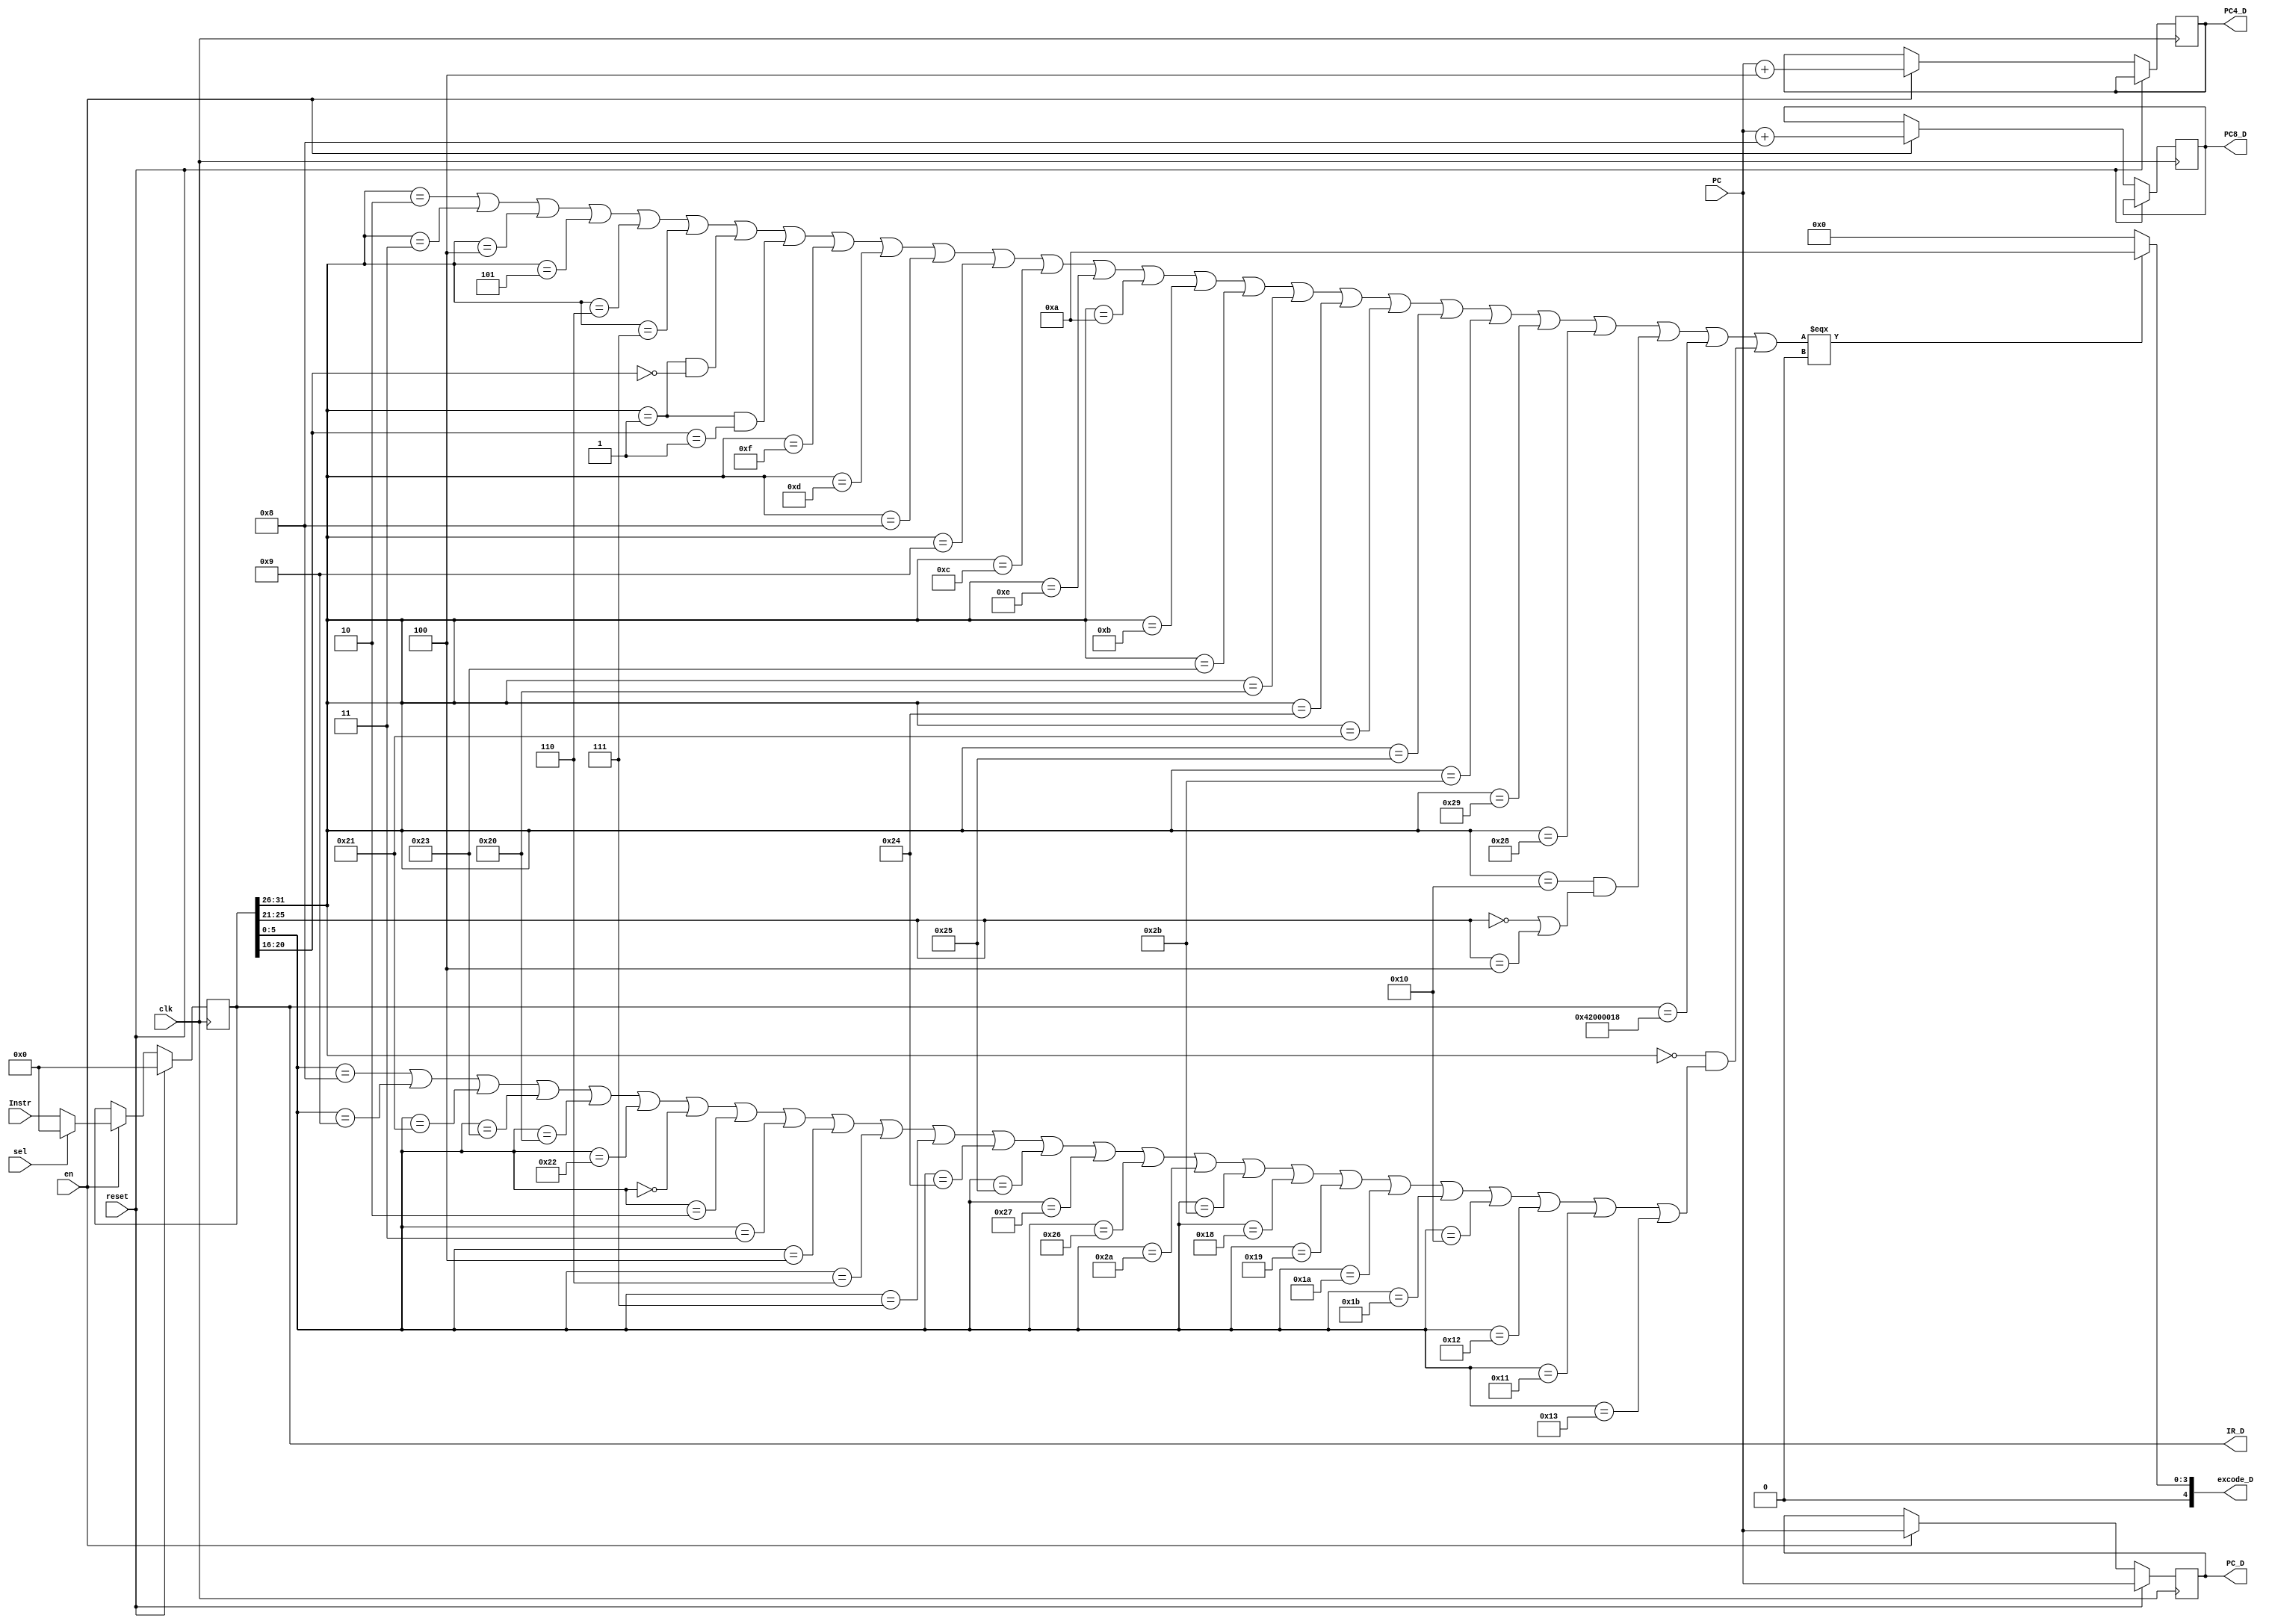
`timescale 1ns / 1ps
//////////////////////////////////////////////////////////////////////////////////
// Company: 
// Engineer: 
// 
// Design Name: 
// Module Name:    ID 
// Project Name: 
// Target Devices: 
// Tool versions: 
// Description: 
//
// Dependencies: 
//
// Revision: 
// Revision 0.01 - File Created
// Additional Comments: 
//
//////////////////////////////////////////////////////////////////////////////////
module ID(
	 input clk,
	 input reset,
	 input en,
	 input sel,
    input [31:0] Instr,
	 input [31:0] PC,
	 output reg[31:0] IR_D,
	 output reg[31:0] PC_D,
    output reg[31:0] PC4_D,
    output reg[31:0] PC8_D,
	 output [4:0] excode_D
    );
	 
	`define op 31:26
	`define rs 25:21
	`define rt 20:16
	`define func 5:0
	
	`define R 6'b000000
	`define j 6'b000010
	`define lw 6'b100011
	`define lb 6'b100000
	`define lbu 6'b100100
	`define lh 6'b100001
	`define lhu 6'b100101
	`define sw 6'b101011
	`define sb 6'b101000
	`define sh 6'b101001
	`define lui 6'b001111
	`define ori 6'b001101
	`define andi 6'b001100
	`define xori 6'b001110
	`define addi 6'b001000
	`define addiu 6'b001001
	`define slti 6'b001010
	`define sltiu 6'b001011
	`define beq 6'b000100
	`define bne 6'b000101
	`define bgtz 6'b000111
	`define blez 6'b000110
	`define jal 6'b000011
	`define addu 6'b100001
	`define add 6'b100000 
	`define subu 6'b100011
	`define sub 6'b100010
	`define and_ 6'b100100
	`define or_ 6'b100101
	`define xor_ 6'b100110
	`define nor_ 6'b100111
	`define sll 6'b000000
	`define srl 6'b000010
	`define sra 6'b000011
	`define sllv 6'b000100
	`define srlv 6'b000110
	`define srav 6'b000111
	`define jr 6'b001000
	`define jalr 6'b001001
	`define mult 6'b011000
	`define multu 6'b011001
	`define div 6'b011010
	`define divu 6'b011011 
	`define mfhi 6'b010000
	`define mflo 6'b010010
	`define mthi 6'b010001
	`define mtlo 6'b010011
	`define slt	6'b101010
	`define sltu 6'b101011
	
	initial begin
		IR_D <= 0;
	end
	
	wire RI;// op func
	assign RI = (IR_D[`op]==`j)||(IR_D[`op]==`jal)
	||(IR_D[`op]==`beq)||(IR_D[`op]==`bne)||(IR_D[`op]==`blez)||(IR_D[`op]==`bgtz)||(IR_D[`op]==6'b000001&&IR_D[`rt]==5'b00000)||(IR_D[`op]==6'b000001&&IR_D[`rt]==5'b00001)	
	||IR_D[`op]==`lui||IR_D[`op]==`ori||IR_D[`op]==`addi||IR_D[`op]==`addiu||IR_D[`op]==`andi||IR_D[`op]==`xori||IR_D[`op]==`slti||IR_D[`op]==`sltiu
	||IR_D[`op]==`lw||IR_D[`op]==`lb||IR_D[`op]==`lbu||IR_D[`op]==`lh||IR_D[`op]==`lhu
	||IR_D[`op]==`sw||IR_D[`op]==`sh||IR_D[`op]==`sb
	||(IR_D[`op]==6'b010000&&(IR_D[`rs]==5'b00000||IR_D[`rs]==5'b00100))
	||(IR_D==32'h42000018)
	||(IR_D[`op]==`R&&(IR_D[`func]==`jr||IR_D[`func]==`jalr||IR_D[`func]==`addu||IR_D[`func]==`subu||IR_D[`func]==`add||IR_D[`func]==`sub||IR_D[`func]==`sll||IR_D[`func]==`srl||IR_D[`func]==`sra
		||IR_D[`func]==`sllv||IR_D[`func]==`srlv||IR_D[`func]==`srav||IR_D[`func]==`and_||IR_D[`func]==`or_||IR_D[`func]==`nor_||IR_D[`func]==`xor_||IR_D[`func]==`slt||IR_D[`func]==`sltu
		||IR_D[`func]==`mult||IR_D[`func]==`multu||IR_D[`func]==`div||IR_D[`func]==`divu||IR_D[`func]==`mfhi||IR_D[`func]==`mflo||IR_D[`func]==`mthi||IR_D[`func]==`mtlo));		  
	
	assign excode_D = (RI===0) ? 10 : 0; 
	
	always@(posedge clk) begin 
		if(reset) begin
			IR_D <= 32'h00000000;
			PC_D <= PC;
		end
		else if(en) begin
			IR_D <= sel ? 0 : Instr;
			PC_D <= PC;
			PC4_D <= PC+4;
			PC8_D <= PC+8;
		end
	end
endmodule